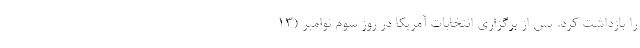
را بازداشت کرد. پس از برگزاری انتخابات آمریکا در روز سوم نوامبر (13